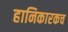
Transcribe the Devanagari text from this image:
हानिकारकच